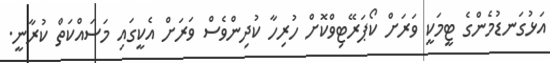
އަޅުގަނޑުމެންގެ ޓީމަކީ ވަރަށް ކޯޕަރޭޓިވްކޮށް ހުރިހާ ކުދިންވެސް ވަރަށް އެކީގައި މަސައްކަތް ކުރާނީ.